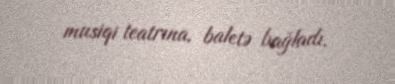
musiqi teatrına, baletə bağladı.